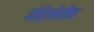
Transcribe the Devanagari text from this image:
नेहेलोवीन